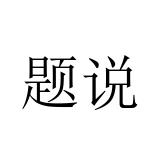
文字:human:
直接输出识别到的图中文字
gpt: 题说